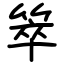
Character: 箤